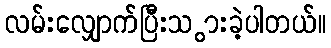
လမ်းလျှောက်ပြီးသ ွားခဲ့ပါတယ်။